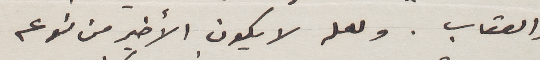
والعتاب. ولعله لا يكون الأخير من نوعه